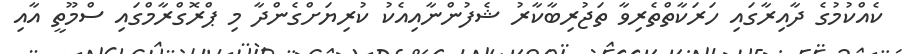
ކެއްކުމުގެ ދާއިރާގައި ހަރަކާތްތެރިވާ ތަޖުރިބާކާރު ޝެފުންނާއިއެކު ކުރިޔަށްގެންދާ މި ޕްރޮގްރާމްގައި ސްމޫތީ އާއި